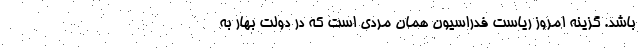
باشد. گزینه امروز ریاست فدراسیون همان مردی است که در دولت بهار به